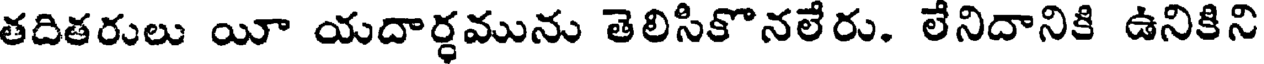
తదితరులు యీ యదార్ధమును తెలిసికొనలేరు. లేనిదానికి ఉనికిని